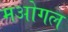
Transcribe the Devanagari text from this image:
मओगल